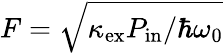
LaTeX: F=\sqrt{\kappa_{\mathrm{ex}}P_{\mathrm{in}}/\hbar\omega_{0}}